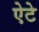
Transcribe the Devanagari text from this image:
ऐटे